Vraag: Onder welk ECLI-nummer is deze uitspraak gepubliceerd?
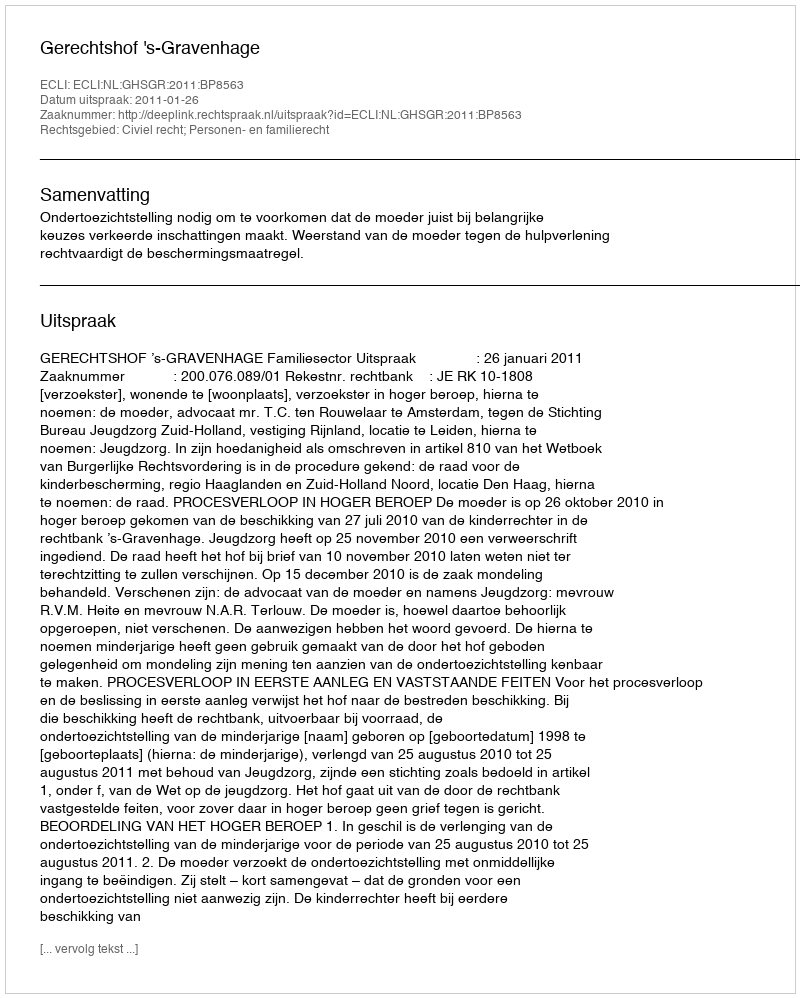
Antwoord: ECLI:NL:GHSGR:2011:BP8563